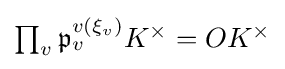
\textstyle \prod _{v}{\mathfrak {p}}_{v}^{v(\xi _{v})}K^{\times }=OK^{\times }